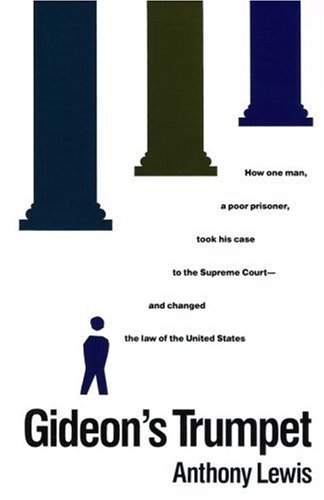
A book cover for Gideon's Trumpet; Anthony Lewis; Law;